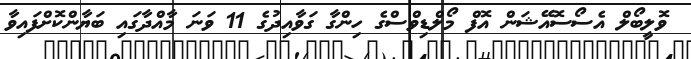
ވޮލީބޯލް އެސޯސޮއޭޝަން އޮފް މޯލްޑިވްސްގެ ހިންގާ ގަވާއިދުގެ 11 ވަނަ މާއްދާގައި ބަޔާންކޮށްފައިވާ